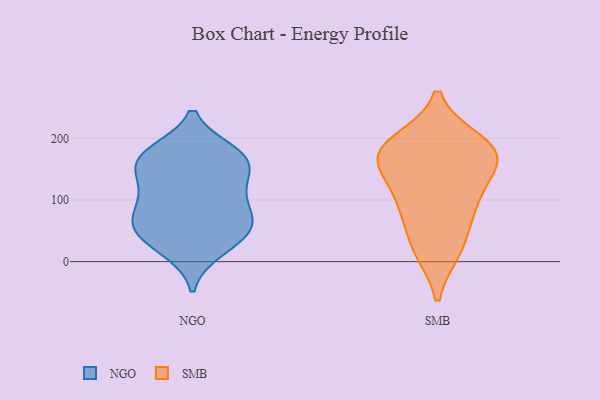
{"axis": {"x": "Backlog", "y": "Value"}, "legend": ["NGO", "SMB"], "data": [{"x": "", "y": 118, "type": "NGO"}, {"x": "", "y": 20, "type": "NGO"}, {"x": "", "y": 52, "type": "NGO"}, {"x": "", "y": 128, "type": "NGO"}, {"x": "", "y": 78, "type": "NGO"}, {"x": "", "y": 165, "type": "NGO"}, {"x": "", "y": 29, "type": "NGO"}, {"x": "", "y": 168, "type": "NGO"}, {"x": "", "y": 54, "type": "NGO"}, {"x": "", "y": 69, "type": "NGO"}, {"x": "", "y": 107, "type": "NGO"}, {"x": "", "y": 176, "type": "NGO"}, {"x": "", "y": 166, "type": "NGO"}, {"x": "", "y": 62, "type": "NGO"}, {"x": "", "y": 166, "type": "NGO"}, {"x": "", "y": 176, "type": "SMB"}, {"x": "", "y": 24, "type": "SMB"}, {"x": "", "y": 158, "type": "SMB"}, {"x": "", "y": 99, "type": "SMB"}, {"x": "", "y": 20, "type": "SMB"}, {"x": "", "y": 80, "type": "SMB"}, {"x": "", "y": 183, "type": "SMB"}, {"x": "", "y": 172, "type": "SMB"}, {"x": "", "y": 167, "type": "SMB"}, {"x": "", "y": 193, "type": "SMB"}, {"x": "", "y": 105, "type": "SMB"}]}